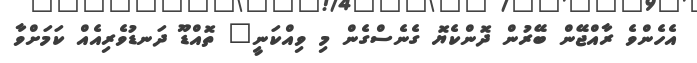
އެހެންވެ ރާއްޖޭން ބޭރުން ދޮންކެޔޮ ގެނެސްގެން މި ވިއްކަނީ" ތޮއްޑޫ ދަނޑުވެރިއެއް ކަމަށްވާ